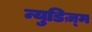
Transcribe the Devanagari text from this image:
न्युडिज़्म